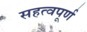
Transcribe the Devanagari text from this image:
सहत्वपूर्ण